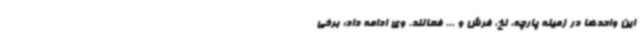
این واحدها در زمینه پارچه، نخ، فرش و ... فعالند. وی ادامه داد: برخی